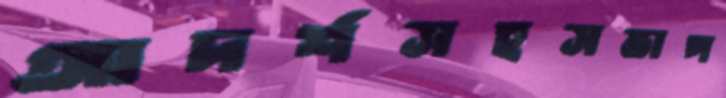
আদর্শসহসভাপ